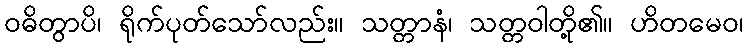
ဝဓိတွာပိ၊ ရိုက်ပုတ်သော်လည်း။ သတ္တာနံ၊ သတ္တဝါတို့၏။ ဟိတမေဝ၊